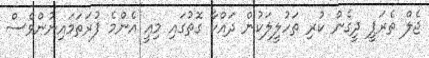
ޖެލް ތެރަޕީ ދީގެން ކުރި ތަހުލީލަކުން ދައްކާ ގޮތުގައި މިއީ އެންމެ ފުރަތަމައިނުންވެސް